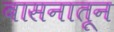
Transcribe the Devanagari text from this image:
बासनातून